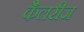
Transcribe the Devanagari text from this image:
कैलरीज